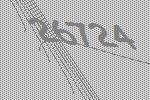
26724